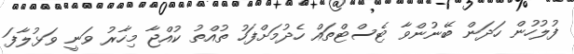
ފުލުހުން ހަދަން ބޭނުންވާ ޓެސްޓްތައް ހެދުމަށްފަހު ތުއްތު ކުއްޖާ މިހާރު ވަނީ ވަޅުލާފަ